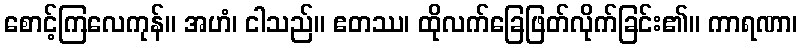
စောင့်ကြလေကုန်။ အဟံ၊ ငါသည်။ ဧတဿ၊ ထိုလက်ခြေဖြတ်လိုက်ခြင်း၏။ ကာရဏာ၊